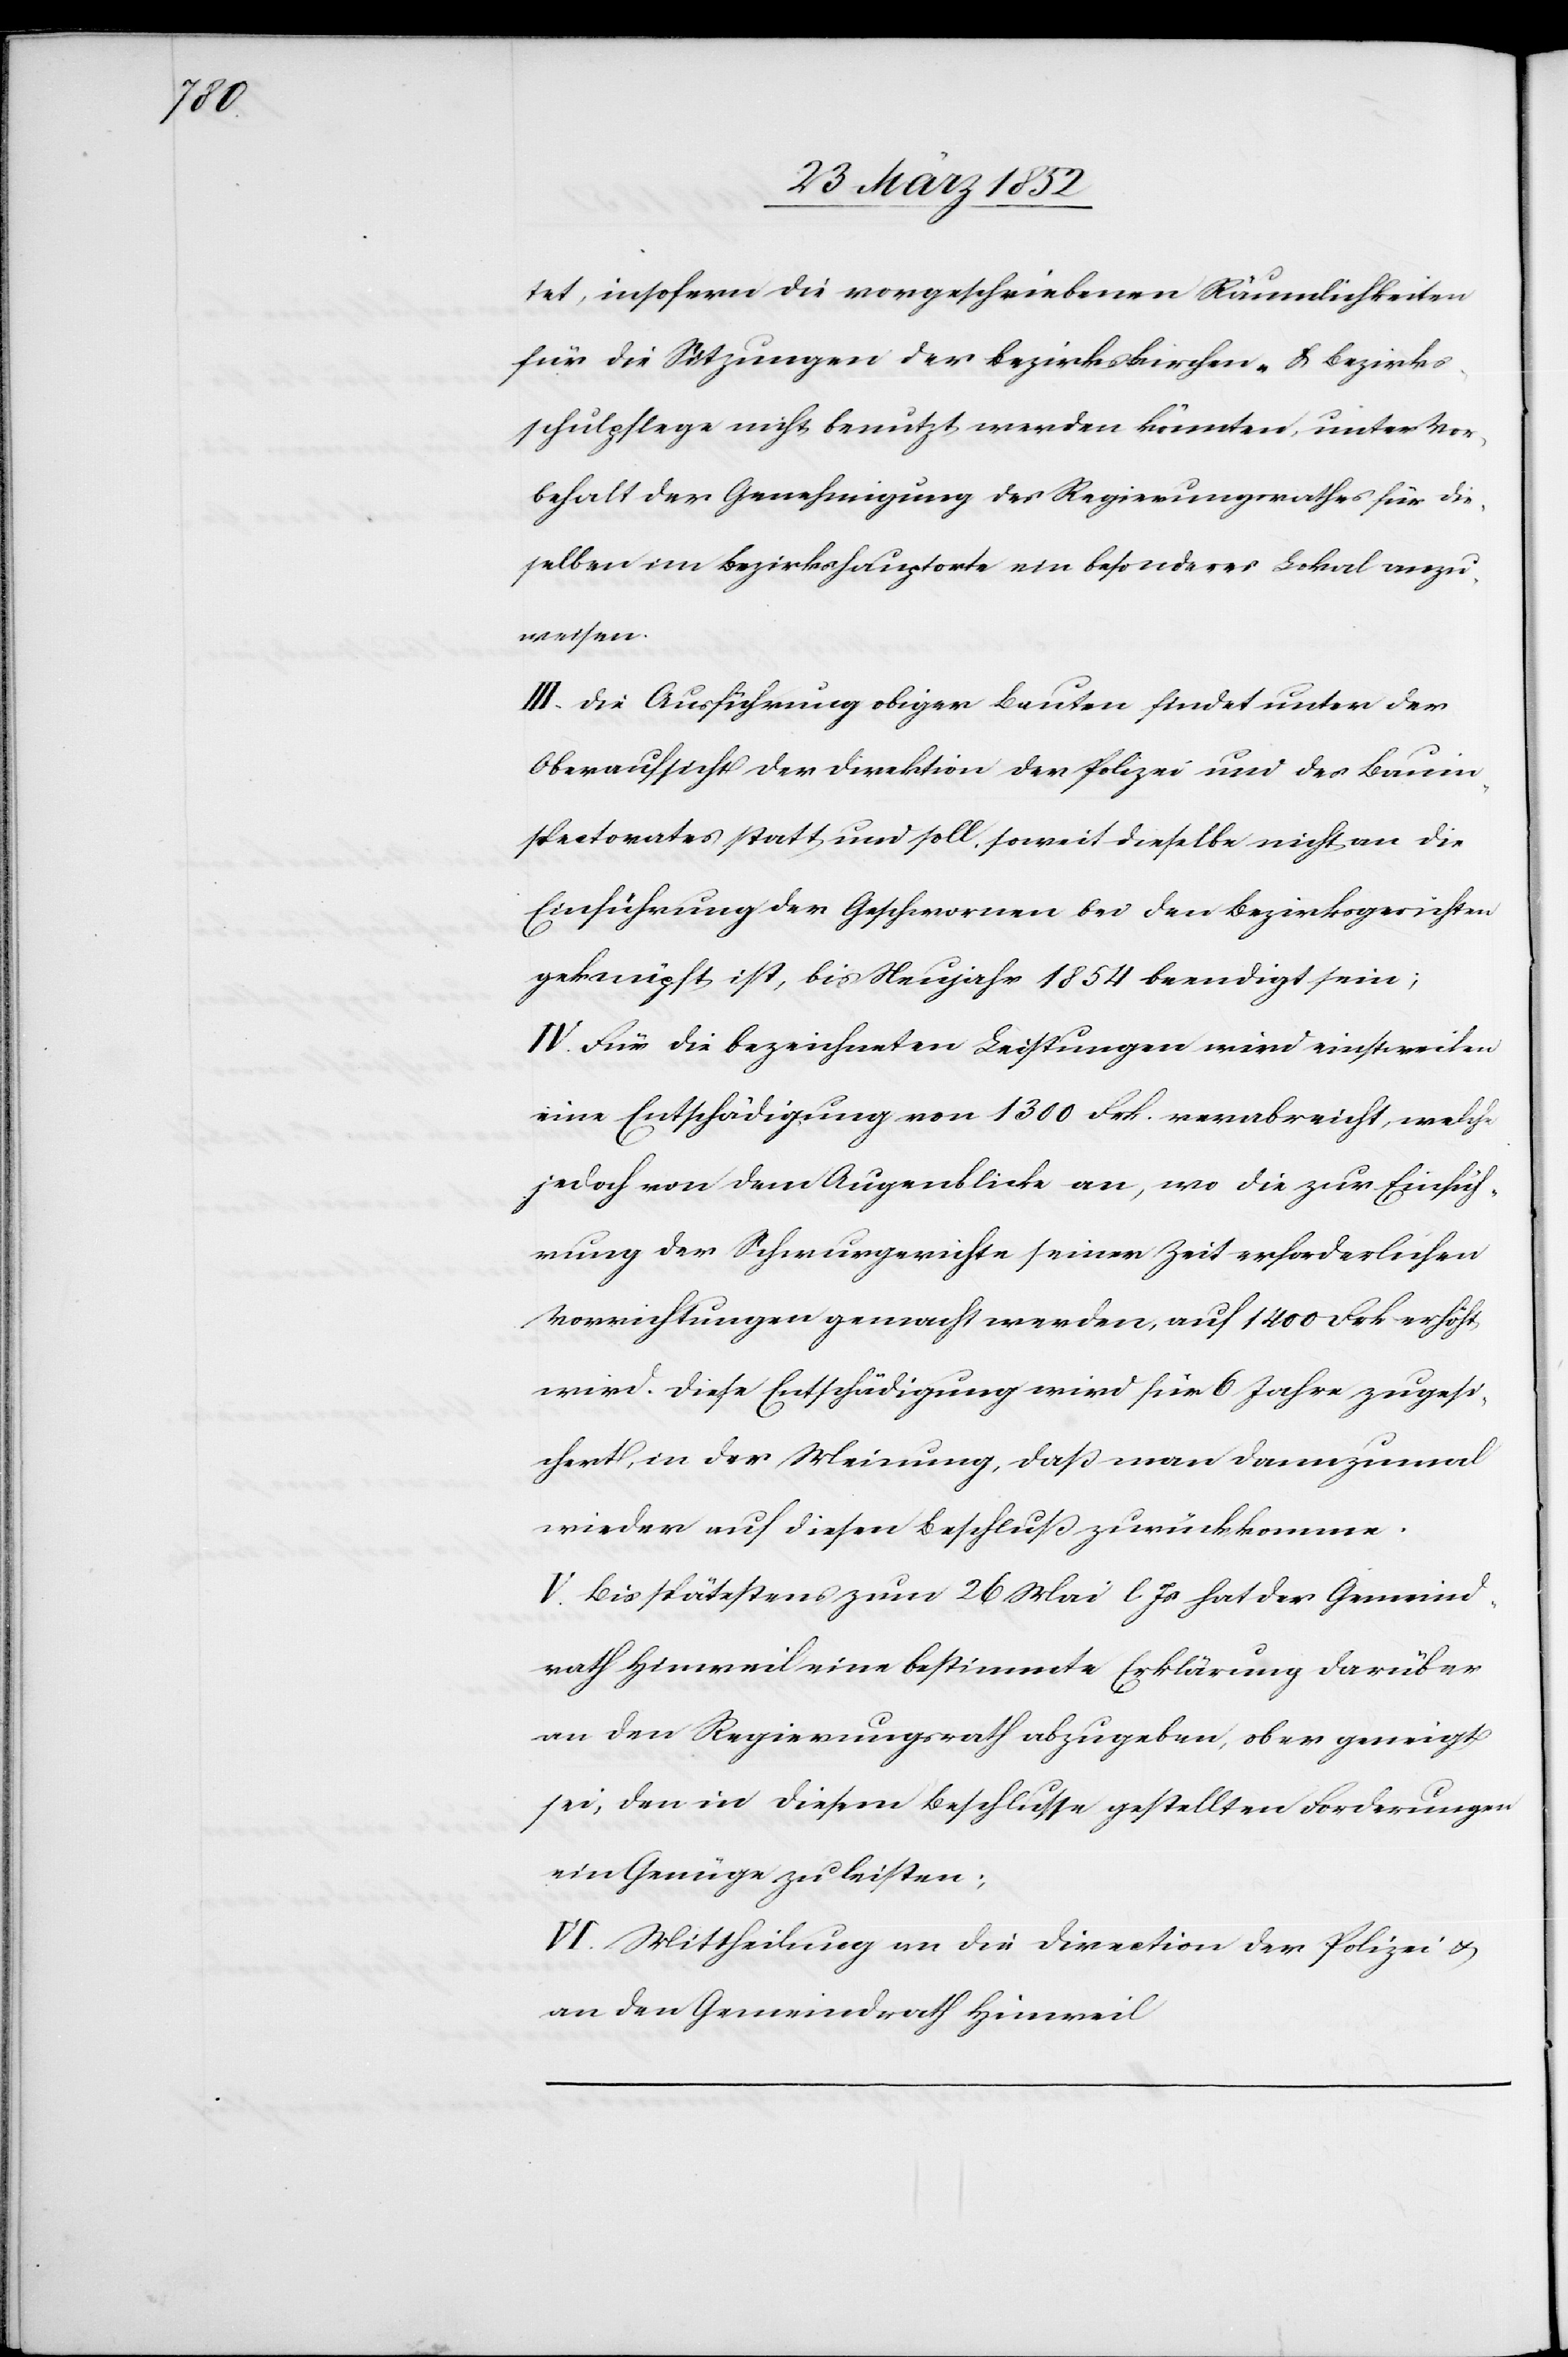
tet, insofern die vorgeschriebenen Räumlichkeiten
für die Sitzungen der Bezirkskirchen- & Bezirks¬
schulpflege nicht benutzt werden könnten, unter Vor¬
behalt der Genehmigung des Regierungsrathes für die¬
selben im Bezirkshauptorte ein besonderes Lokal anzu¬
weisen.
III. Die Ausführung obiger Bauten findet unter der
Oberaufsicht der Direction der Polizei und des Bauin¬
spectorates statt und soll soweit dieselbe nicht an die
Einführung der Geschwornen bei den Bezirksgerichten
geknüpft ist, bis Neujahr 1854 beendigt sein;
IV. Für die bezeichneten Leistungen wird einstweilen
eine Entschädigung von 1300 Frk. verabreicht, welche
jedoch von dem Augenblicke an, wo die zur Einfüh¬
rung der Schwurgerichte seiner Zeit erforderlichen
Vorrichtungen gemacht werden, auf 1400 Frk. erhöht
wird. Diese Entschädigung wird für 6 Jahre zugesi¬
chert, in der Meinung, daß man dannzumal
wieder auf diesen Beschluß zurückkomme.
V. Bis spätestens zum 26 Mai l. Js hat der Gemeind¬
rath Hinweil eine bestimmte Erklärung darüber
an den Regierungsrath abzugeben, ob er geneigt
sei, den in diesem Beschlusse gestellten Forderungen
ein Genüge zu leisten.
VI. Mittheilung an die Direction der Polizei u.
an den Gemeindrath Hinweil.